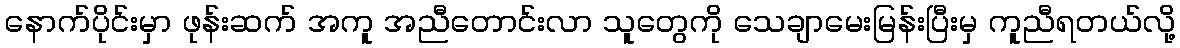
နောက်ပိုင်းမှာ ဖုန်းဆက် အကူ အညီတောင်းလာ သူတွေကို သေချာမေးမြန်းပြီးမှ ကူညီရတယ်လို့